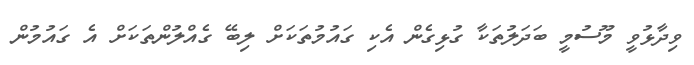
ވިދާޅުވީ މޫސުމީ ބަދަލުތަކާ ގުޅިގެން އެކި ގައުމުތަކަށް ލިބޭ ގެއްލުންތަކަށް އެ ގައުމުން